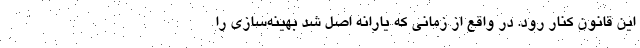
این قانون کنار رود. در واقع از زمانی که یارانه اصل شد بهینه‌سازی را